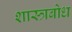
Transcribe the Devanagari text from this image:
शास्त्रबोध